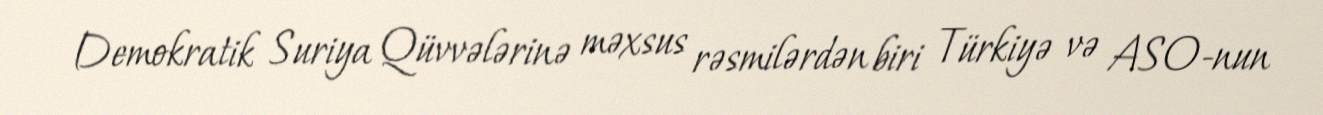
Demokratik Suriya Qüvvələrinə məxsus rəsmilərdən biri Türkiyə və ASO-nun